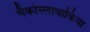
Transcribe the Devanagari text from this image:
चैकोस्लावाकिया